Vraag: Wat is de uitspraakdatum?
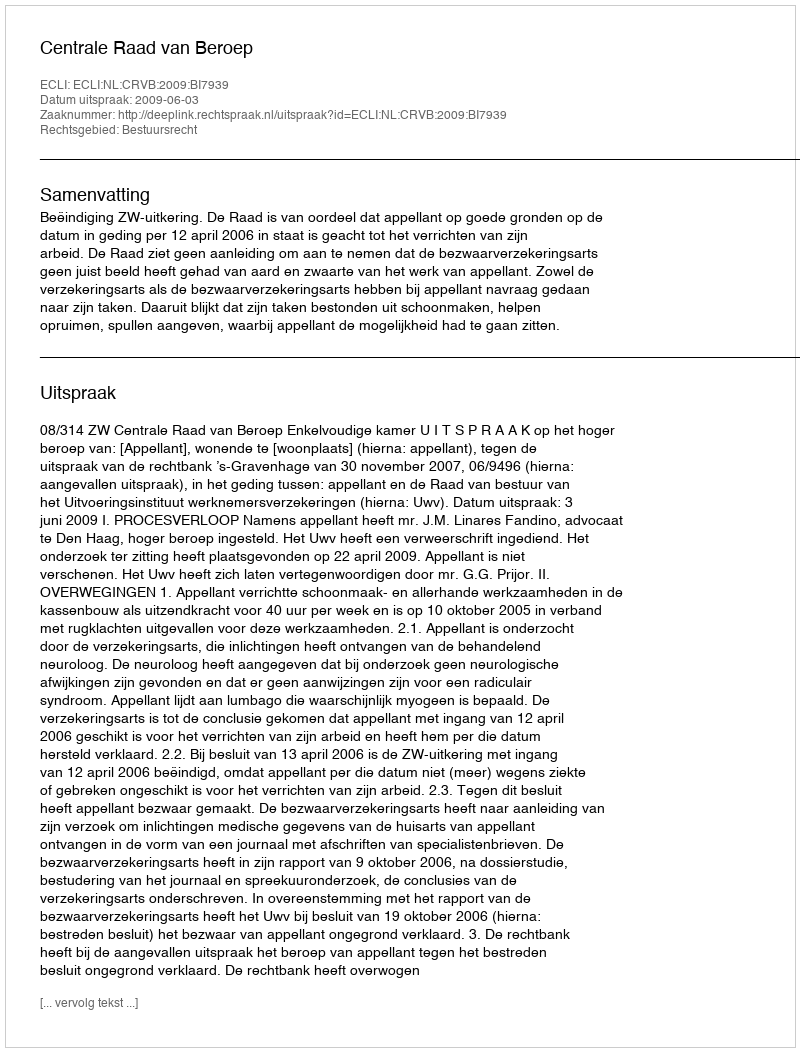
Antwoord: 2009-06-03